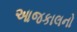
આજકાલનો